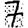
Digit: 7